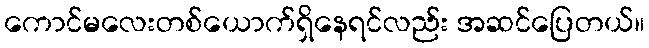
ကောင်မလေးတစ်ယောက်ရှိနေရင်လည်း အဆင်ပြေတယ်။